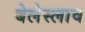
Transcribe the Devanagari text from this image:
बेलेस्लाव